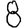
Digit: 8